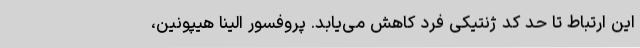
این ارتباط تا حد کد ژنتیکی فرد کاهش می‌یابد. پروفسور الینا هیپونین،